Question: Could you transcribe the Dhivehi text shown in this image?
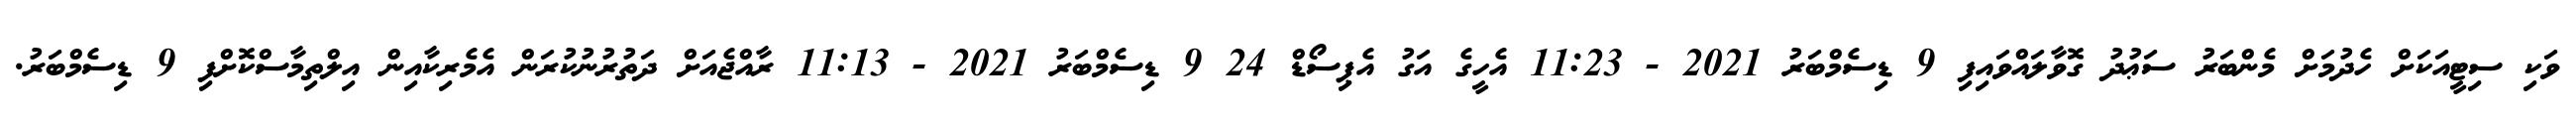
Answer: ވަކި ސިޓީއަކަށް ހެދުމަށް މެންބަރު ސަޢުދު ގޮވާލައްވައިފި 9 ޑިސެމްބަރު 2021 - 11:23 އެހީގެ އަގު އެޕިސޯޑް 24 9 ޑިސެމްބަރު 2021 - 11:13 ރާއްޖެއަށް ދަތުރުނުކުރަން އެމެރިކާއިން އިލްތިމާސްކޮށްފި 9 ޑިސެމްބަރު.